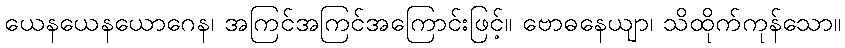
ယေနယေနယောဂေန၊ အကြင်အကြင်အကြောင်းဖြင့်။ ဗောဓနေယျာ၊ သိထိုက်ကုန်သော။